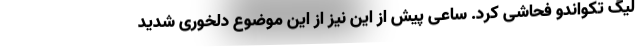
لیگ تکواندو فحاشی کرد. ساعی پیش از این نیز از این موضوع دلخوری شدید